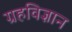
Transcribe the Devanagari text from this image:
ग्रहविज्ञान